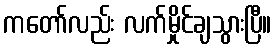
ကတော်လည်း လက်မှိုင်ချသွားပြီ။